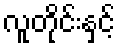
လူတိုင်းနှင့်